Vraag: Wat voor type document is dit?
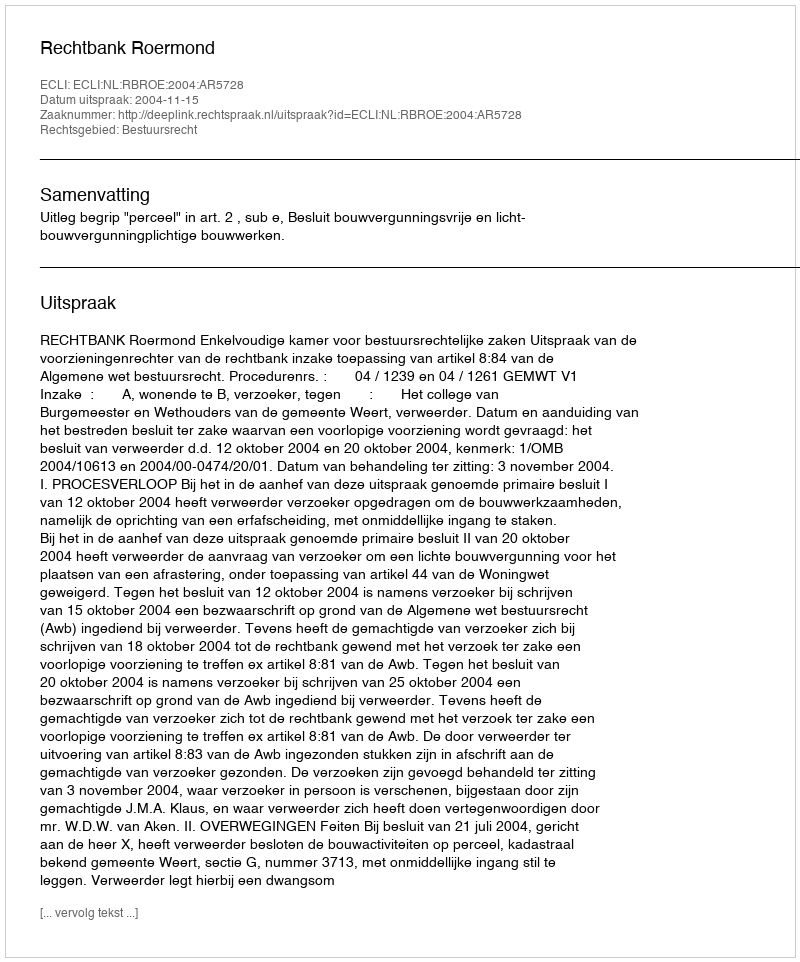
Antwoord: Uitspraak